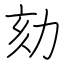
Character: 劾